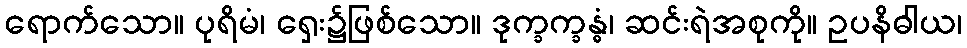
ရောက်သော။ ပုရိမံ၊ ရှေး၌ဖြစ်သော။ ဒုက္ခက္ခန္ဓံ၊ ဆင်းရဲအစုကို။ ဥပနိဓါယ၊